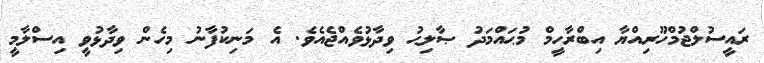
ރައީސުލްޖުމްހޫރިއްޔާ އިބްރާހީމް މުޙައްމަދު ޞާލިޙު ވިދާޅުވެއްޖެއެވެ. އެ މަނިކުފާނު މިހެން ވިދާޅުވީ އިސްލާމީ